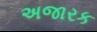
અજારક